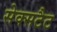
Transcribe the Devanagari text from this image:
सेक्सटैट